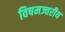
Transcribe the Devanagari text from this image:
विषमज्वरीय